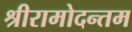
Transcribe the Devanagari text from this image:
श्रीरामोदन्तम